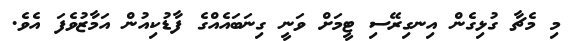
މި މެޗާ ގުޅިގެން އިނގިރޭސި ޓީމަށް ވަނީ ގިނަބައެއްގެ ފާޑުކިއުން އަމާޒުވެފަ އެވެ.